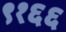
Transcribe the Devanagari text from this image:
९१६६